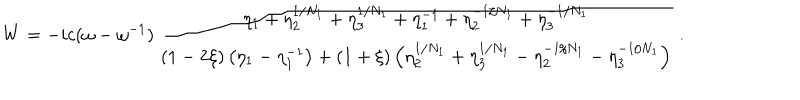
W = - i c ( \omega - \omega ^ { - 1 } ) \, { \frac { \eta _ { 1 } + \eta _ { 2 } ^ { 1 / N _ { 1 } } + \eta _ { 3 } ^ { 1 / N _ { 1 } } + \eta _ { 1 } ^ { - 1 } + \eta _ { 2 } ^ { - 1 / N _ { 1 } } + \eta _ { 3 } ^ { - 1 / N _ { 1 } } } { ( 1 - 2 \xi ) \left( \eta _ { 1 } - \eta _ { 1 } ^ { - 1 } \right) + ( 1 + \xi ) \left( \eta _ { 2 } ^ { 1 / N _ { 1 } } + \eta _ { 3 } ^ { 1 / N _ { 1 } } - \eta _ { 2 } ^ { - 1 / N _ { 1 } } - \eta _ { 3 } ^ { - 1 / N _ { 1 } } \right) } } \ .